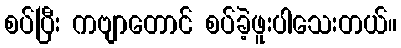
စပ်ပြီး ကဗျာတောင် စပ်ခဲ့ဖူးပါသေးတယ်။